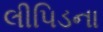
લીપિડના